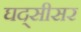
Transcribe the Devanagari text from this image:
घद्सीसर